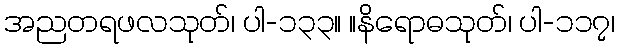
အညတရဖလသုတ်၊ ပါ-၁၃၃။ ။နိရောဓသုတ်၊ ပါ-၁၁၇၊